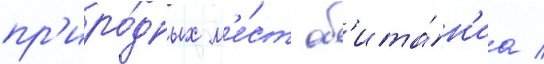
пр'иро́дных м'е́ст об'ита́н'иа /